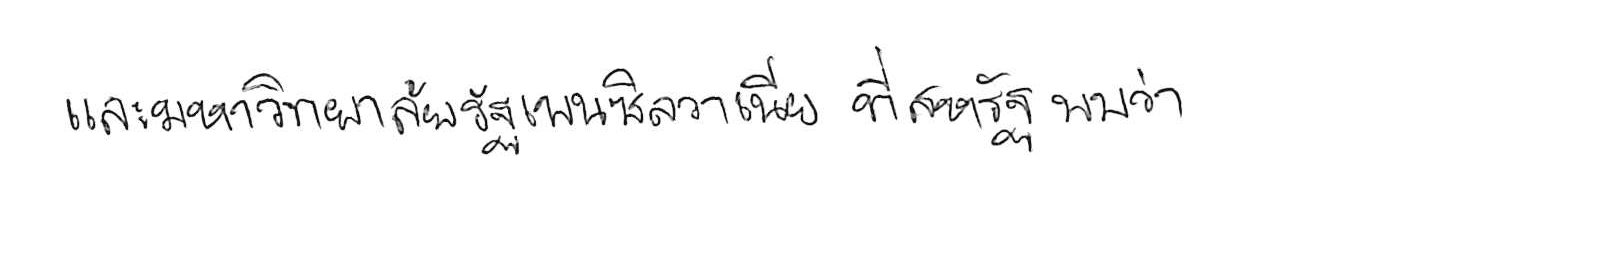
และมหาวิทยาลัยรัฐเพนซิลวาเนีย ที่สหรัฐ พบว่า